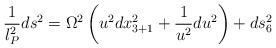
LaTeX: \begin{align*}\frac{1}{l_P^2}ds^2 =\Omega^2 \left ( u^2 dx_{3+1}^2 + \frac{1}{u^2} du^2 \right ) + ds_6^2\end{align*}